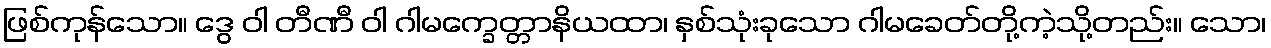
ဖြစ်ကုန်သော။ ဒွေ ဝါ တီဏီ ဝါ ဂါမက္ခေတ္တာနိယထာ၊ နှစ်သုံးခုသော ဂါမခေတ်တို့ကဲ့သို့တည်း။ သော၊